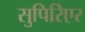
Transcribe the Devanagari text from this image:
सुपिरिएर